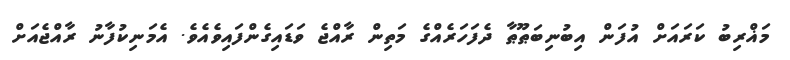
މަޣްރިބު ކަރައަށް އުފަން އިބުނިބަޠޫޠާ ދެފަހަރެއްގެ މަތިން ރާއްޖެ ވަޑައިގެންފައިވެއެވެ. އެމަނިކުފާނު ރާއްޖެއަށް